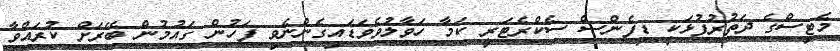
މެޓިސްގެ ދަތުރުފުޅަކީ ޑިފެންސް ސެކްރެޓަރީ ކަަމާ ހަވާލުވެވަޑައިގެންނެވި ފަހުން ގައުމުން ބޭރަށް ކުރައްވާ